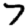
Digit: 7